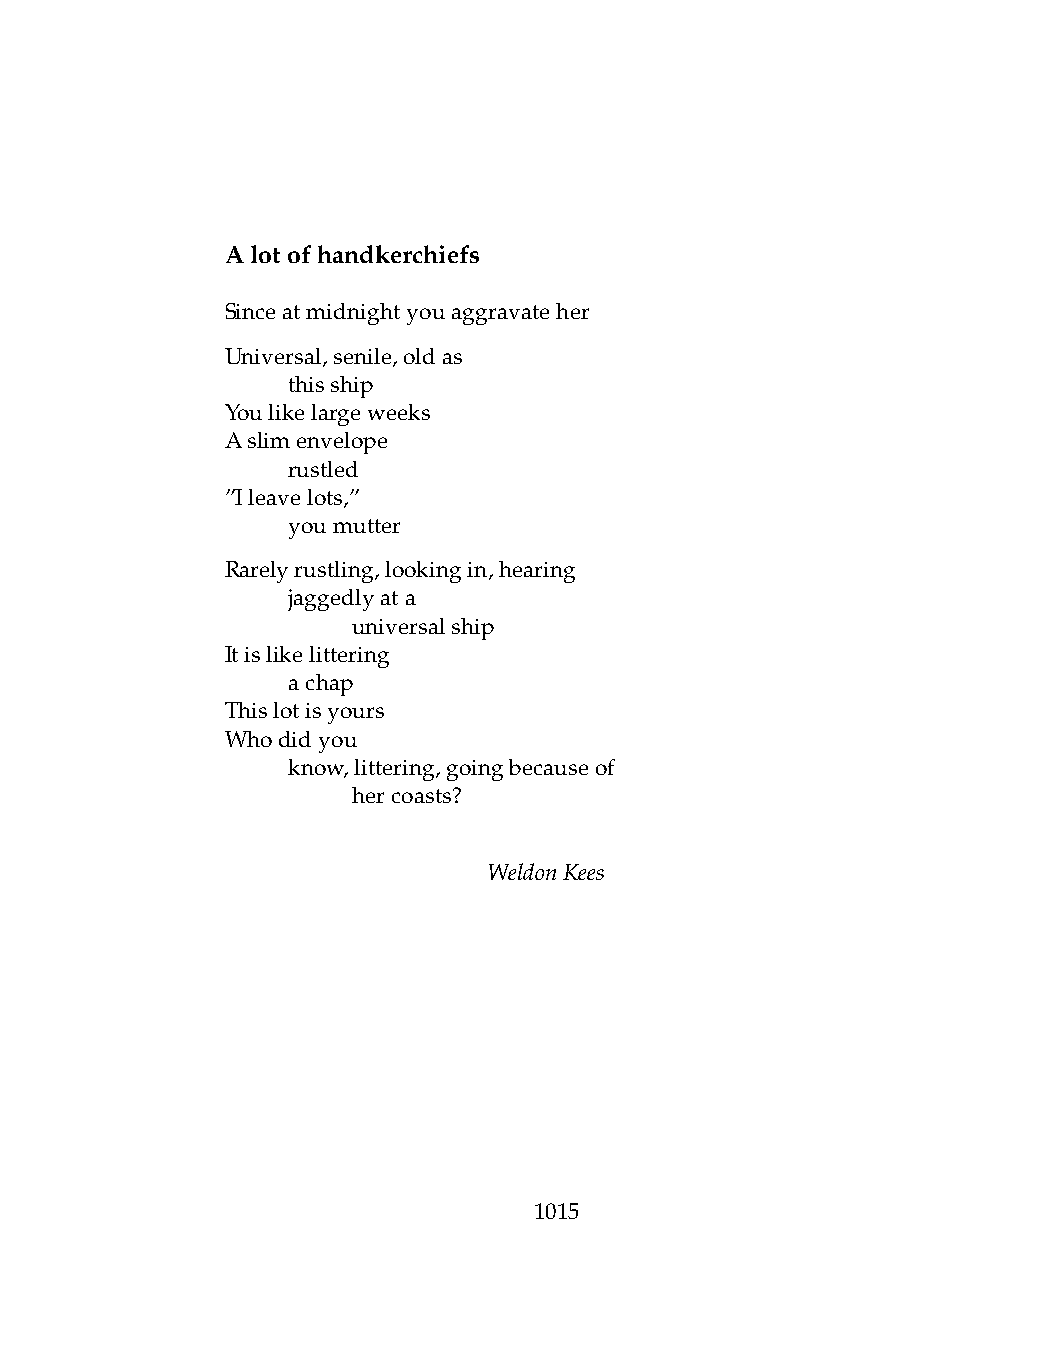
Alotofhandkerchiefs
 Sinceatmidnightyouaggravateher
 Universal,senile,oldas
 .   thisship
 Youlikelargeweeks
 Aslimenvelope
 .   rustled
 ”Ileavelots,”
 .   youmutter
 Rarelyrustling,lookingin,hearing
 .   jaggedlyata
 .   .   universalship
 Itislikelittering
 .   achap
 Thislotisyours
 Whodidyou
 .   know,littering,goingbecauseof
 .   .   hercoasts?
 WeldonKees
 1015